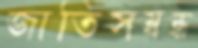
জাতিসম্বন্ধ